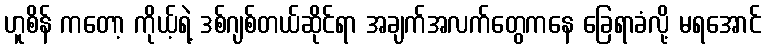
ဟူစိန် ကတော့ ကိုယ့်ရဲ့ ဒစ်ဂျစ်တယ်ဆိုင်ရာ အချက်အလက်တွေကနေ ခြေရာခံလို့ မရအောင်